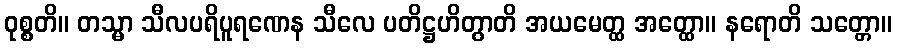
ဝုစ္စတိ။ တသ္မာ သီလပရိပူရဏေန သီလေ ပတိဋ္ဌဟိတွာတိ အယမေတ္ထ အတ္ထော။ နရောတိ သတ္တော။